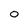
Character: O